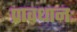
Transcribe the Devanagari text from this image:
प्रावधानः